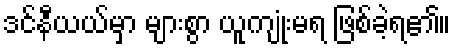
ဒင်နီယယ်မှာ များစွာ ယူကျုံးမရ ဖြစ်ခဲ့ရ၏။